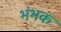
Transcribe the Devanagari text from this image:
भंभक